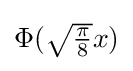
{\textstyle \Phi ({\sqrt {\frac {\pi }{8}}}x)}